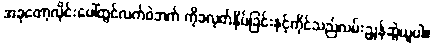
အခုတော့လိုင်းပေါ်တွင်လက်ဝဲဘက် ကိုခလုတ်နှိပ်ခြင်းနှင့်ကိုင်သည်လမ်းညွှန်ဆွဲယူပါ။